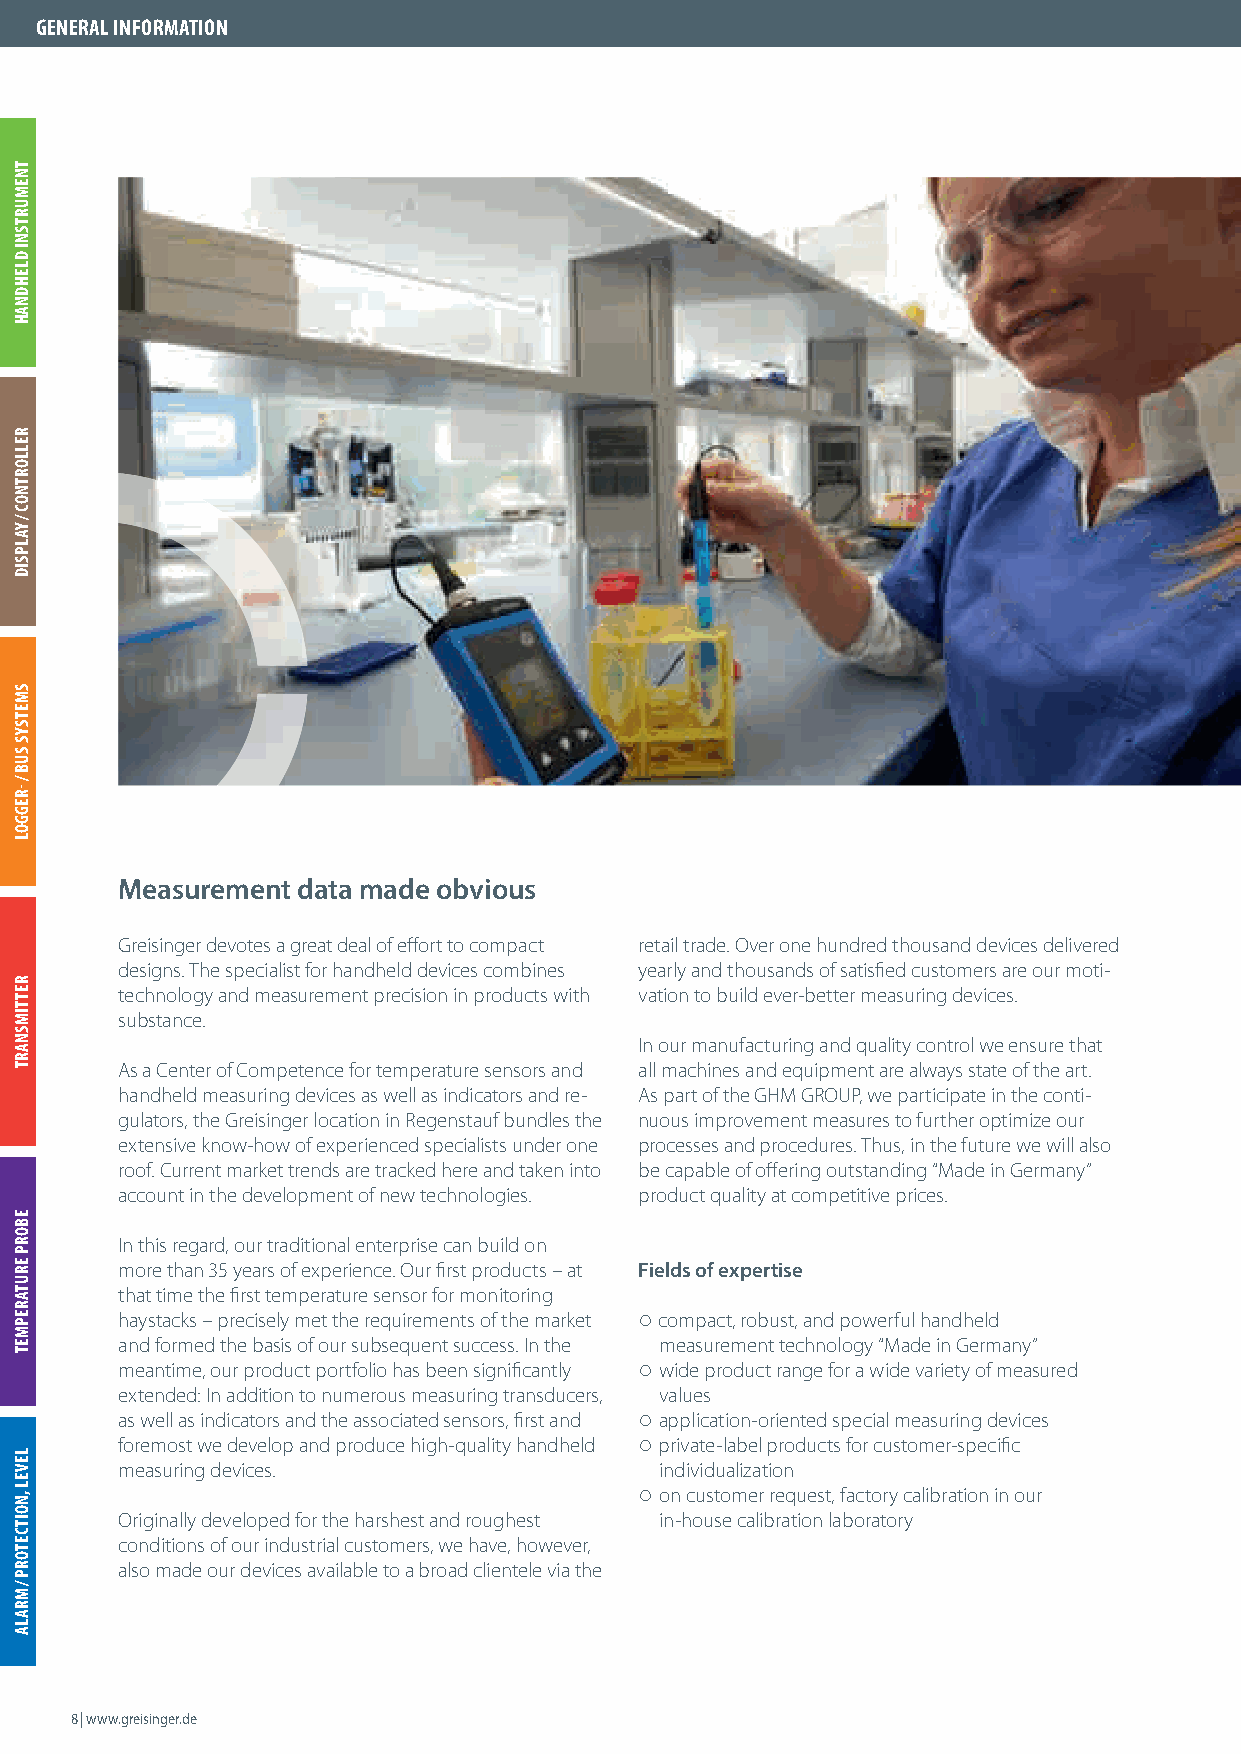
GENERAL INFORMATION
 Measurement data made obvious
 Greisinger devotes a great deal of eff ort to compact retail trade. Over one hundred thousand devices delivered
 designs. The specialist for handheld devices combines yearly and thousands of satisfi ed customers are our moti-
 technology and measurement precision in products with vation to build ever-better measuring devices.
 substance.
 In our manufacturing and quality control we ensure that
 As a Center of Competence for temperature sensors and all machines and equipment are always state of the art.
 handheld measuring devices as well as indicators and re- As part of the GHM GROUP, we participate in the conti-
 gulators, the Greisinger location in Regenstauf bundles the nuous improvement measures to further optimize our
 extensive know-how of experienced specialists under one processes and procedures. Thus, in the future we will also
 roof. Current market trends are tracked here and taken into be capable of off ering outstanding “Made in Germany”
 account in the development of new technologies. product quality at competitive prices.
 In this regard, our traditional enterprise can build on
 more than 35 years of experience. Our fi rst products – at Fields of expertise
 that time the fi rst temperature sensor for monitoring
 haystacks – precisely met the requirements of the market ○ compact, robust, and powerful handheld
 and formed the basis of our subsequent success. In the measurement technology “Made in Germany”
 meantime, our product portfolio has been signifi cantly ○ wide product range for a wide variety of measured
 extended: In addition to numerous measuring transducers, values
 as well as indicators and the associated sensors, fi rst and ○ application-oriented special measuring devices
 foremost we develop and produce high-quality handheld ○ private-label products for customer-specifi c
 measuring devices.                  individualization
 ○ on customer request, factory calibration in our
 Originally developed for the harshest and roughest in-house calibration laboratory
 conditions of our industrial customers, we have, however,
 also made our devices available to a broad clientele via the
 8 | www.greisinger.de
 TNEMURTSNI
 DLEHDNAH
 RELLORTNOC
 /
 YALPSID
 SMETSYS
 SUB
 /
 -REGGOL
 RETTIMSNART
 EBORP
 ERUTAREPMET
 LEVEL
 ,NOITCETORP
 /
 MRALA